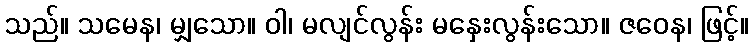
သည်။ သမေန၊ မျှသော။ ဝါ၊ မလျင်လွန်း မနှေးလွန်းသော။ ဇဝေန၊ ဖြင့်။